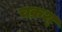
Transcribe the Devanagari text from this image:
चक्रश्